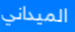
الميداني